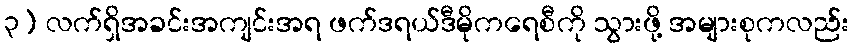
၃) လက်ရှိအခင်းအကျင်းအရ ဖက်ဒရယ်ဒီမိုကရေစီကို သွားဖို့ အများစုကလည်း